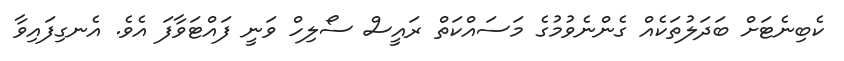
ކެބިނެޓަށް ބަދަލުތަކެއް ގެންނެވުމުގެ މަސައްކަތް ރައީސް ސޯލިހް ވަނީ ފައްޓަވާފަ އެވެ. އެނގިފައިވާ